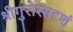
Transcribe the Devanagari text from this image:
श्रीगुरोस्सदृशं